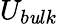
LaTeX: U_{b\mathit{u}lk}